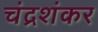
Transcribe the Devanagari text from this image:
चंद्रशंकर